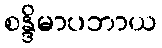
စန္ဒိမာပဘာယ